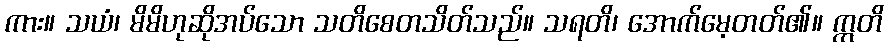
ကား။ သယံ၊ မိမိဟုဆိုအပ်သော သတိစေတသိတ်သည်။ သရတိ၊ အောက်မေ့တတ်၏။ ဣတိ